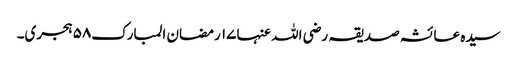
سیدہ عائشہ صدیقہ رضی اللہ عنہا١٧ رمضان المبارک٥٨ ہجری۔